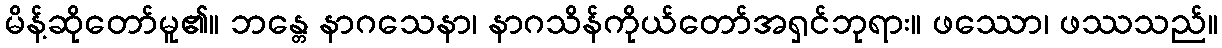
မိန့်ဆိုတော်မူ၏။ ဘန္တေ နာဂသေနာ၊ နာဂသိန်ကိုယ်တော်အရှင်ဘုရား။ ဖဿော၊ ဖဿသည်။